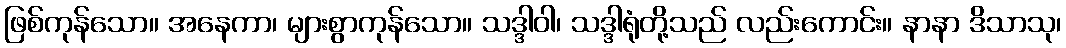
ဖြစ်ကုန်သော။ အနေကာ၊ များစွာကုန်သော။ သဒ္ဒါဝါ၊ သဒ္ဒါရုံတို့သည် လည်းကောင်း။ နာနာ ဒိသာသု၊